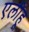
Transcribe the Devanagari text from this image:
एलीहू